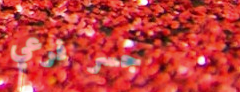
جسر فرعي